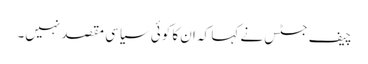
چیف جسٹس نے کہا کہ ان کا کوئی سیاسی مقصد نہیں۔